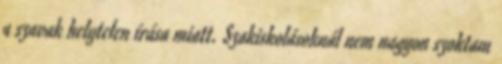
a szavak helytelen írása miatt. Szakiskolásoknál nem nagyon szoktam